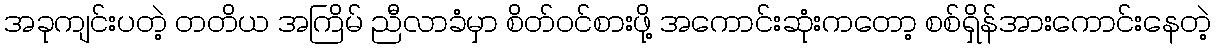
အခုကျင်းပတဲ့ တတိယ အကြိမ် ညီလာခံမှာ စိတ်ဝင်စားဖို့ အကောင်းဆုံးကတော့ စစ်ရှိန်အားကောင်းနေတဲ့